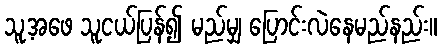
သူ့အဖေ သူငယ်ပြန်၍ မည်မျှ ပြောင်းလဲနေမည်နည်း။